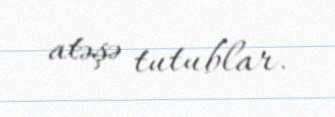
atəşə tutublar.